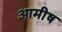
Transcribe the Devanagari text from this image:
आमीष